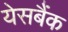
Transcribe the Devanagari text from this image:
येसबैंक